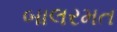
બાલરમત